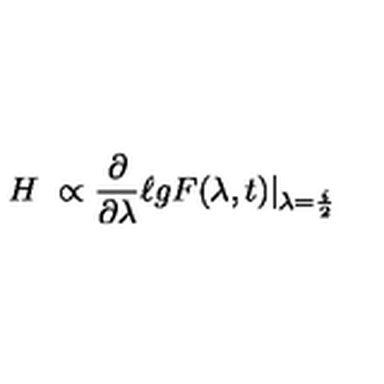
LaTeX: H \ \propto \frac { \partial } { \partial \lambda } \ell g F ( \lambda , t ) | _ { \lambda = \frac { i } { 2 } }